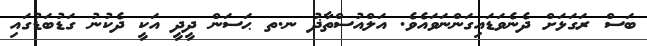
ބަސް ރަގަޅަށް ދެނެވަޑައިގަންނަވައެވެ. އަލްއުސްތާޛު ނ.ތ ޙަސަން ދީދީ އަކީ ދެކުނު ގަޑުބަޑުގައި